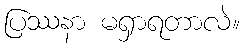
ပြဿနာ မရှာရတာလဲ။